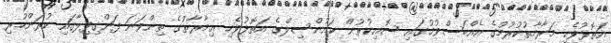
އަތޮޅުވެހި މަރާމާތުކުރުމުގެ އެއްބަސްވުމުގައި ސޮއިކުރުން ކައުންސިލްގެ އަތޮޅުވެހި ޢިމާރާތުގެ ތިންވަނަ ފަންގިފިލާގައި ކުރަންހުރި